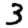
Digit: 3